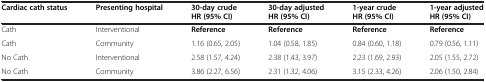
| Cardiac cath status | Presenting hospital | 30-day crude HR (95% CI) | 30-day adjusted HR (95% CI) | 1-year crude HR (95% CI) | 1-year adjusted HR (95% CI) |
 | --- | --- | --- | --- | --- | --- |
 | Cath | Interventional | Reference | Reference | Reference | Reference |
 | Cath | Community | 1.16 (0.65, 2.05) | 1.04 (0.58, 1.85) | 0.84 (0.60, 1.18) | 0.79 (0.56, 1.11) |
 | No Cath | Interventional | 2.58 (1.57, 4.24) | 2.38 (1.43, 3.97) | 2.23 (1.69, 2.93) | 2.05 (1.55, 2.72) |
 | No Cath | Community | 3.86 (2.27, 6.56) | 2.31 (1.32, 4.06) | 3.15 (2.33, 4.26) | 2.06 (1.50, 2.84) |